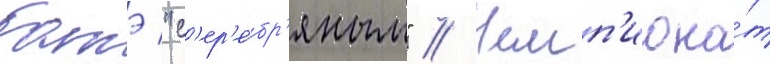
батэ "с'ер'е́бр'яным" // Чемп'иона́т